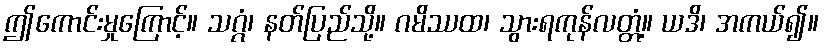
ဤကောင်းမှုကြောင့်။ သဂ္ဂံ၊ နတ်ပြည်သို့။ ဂမိဿထ၊ သွားရကုန်လတ္တံ့။ ယဒိ၊ အကယ်၍။